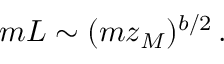
m L \sim ( m z _ { M } ) ^ { b / 2 } \, .